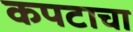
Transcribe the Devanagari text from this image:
कपटाचा